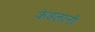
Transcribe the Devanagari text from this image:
कंडलानी